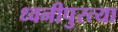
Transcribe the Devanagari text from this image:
ध्वनीपुरत्या